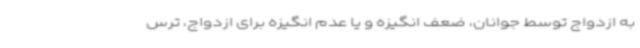
به ازدواج توسط جوانان، ضعف انگیزه و یا عدم انگیزه برای ازدواج، ترس